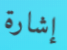
إشارة